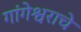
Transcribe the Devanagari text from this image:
गांगेश्वराचे